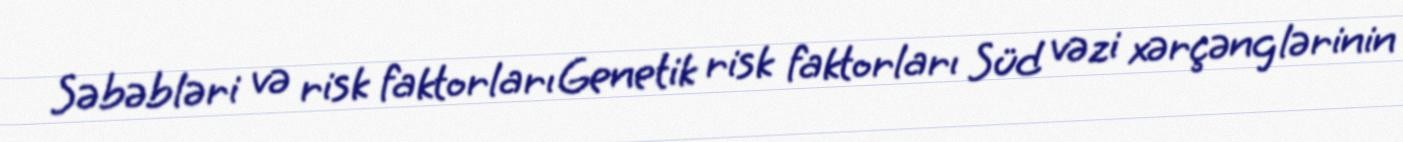
Səbəbləri və risk faktorları Genetik risk faktorları Süd vəzi xərçənglərinin